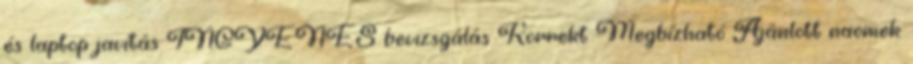
és laptop javítás INGYENES bevizsgálás Korrekt Megbízható Ajánlott naomek